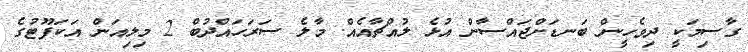
ގާސިމަކީ ދިވެހީން ބަނޑަށްޖައްސާން އުޅެ ލުއްޗާއެއް. މާލެ ސަރަހައްދުބް 2 މިލިއަން އަކަފޫޓުގެ